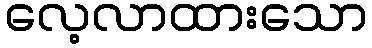
လေ့လာထားသော